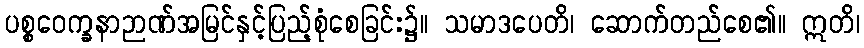
ပစ္စဝေက္ခနာဉာဏ်အမြင်နှင့်ပြည့်စုံစေခြင်း၌။ သမာဒပေတိ၊ ဆောက်တည်စေ၏။ ဣတိ၊